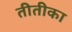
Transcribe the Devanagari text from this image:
तीतीका